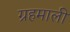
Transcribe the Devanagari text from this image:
ग्रहमाली